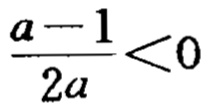
$\frac{a - 1}{2a}<0$